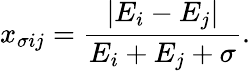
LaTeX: x_{\sigma ij}={\frac{|E_{i}-E_{j}|}{E_{i}+E_{j}+\sigma}}.